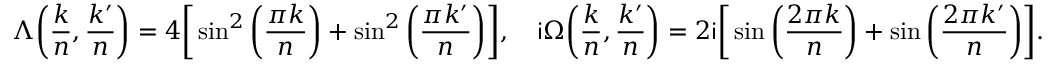
\Lambda \bigg ( \frac { k } { n } , \frac { k ^ { \prime } } { n } \bigg ) = 4 \bigg [ \sin ^ { 2 } \bigg ( \frac { \pi k } { n } \bigg ) + \sin ^ { 2 } \bigg ( \frac { \pi k ^ { \prime } } { n } \bigg ) \bigg ] , \quad \mathsf { i } \Omega \bigg ( \frac { k } { n } , \frac { k ^ { \prime } } { n } \bigg ) = 2 \mathsf { i } \bigg [ \sin \bigg ( \frac { 2 \pi k } { n } \bigg ) + \sin \bigg ( \frac { 2 \pi k ^ { \prime } } { n } \bigg ) \bigg ] .